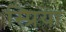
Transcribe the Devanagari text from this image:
स्प्रिया